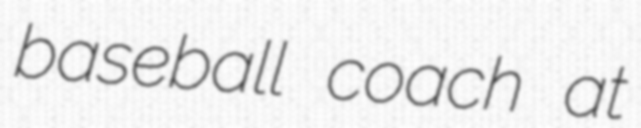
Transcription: baseball coach at